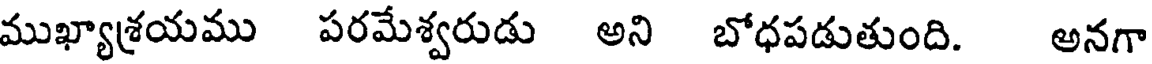
ముఖ్యాశయము పరమేశ్వరుడు అని బోధపడుతుంది. అనగా